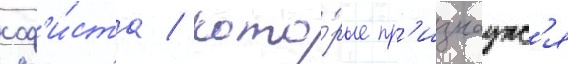
соф'и́ста / кото́рые пр'изнаутс'я